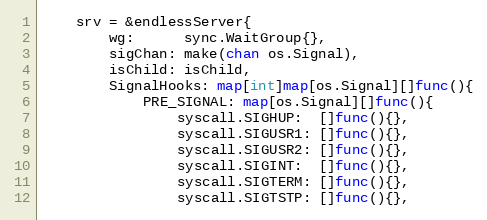
Language: Go
	srv = &endlessServer{
		wg:      sync.WaitGroup{},
		sigChan: make(chan os.Signal),
		isChild: isChild,
		SignalHooks: map[int]map[os.Signal][]func(){
			PRE_SIGNAL: map[os.Signal][]func(){
				syscall.SIGHUP:  []func(){},
				syscall.SIGUSR1: []func(){},
				syscall.SIGUSR2: []func(){},
				syscall.SIGINT:  []func(){},
				syscall.SIGTERM: []func(){},
				syscall.SIGTSTP: []func(){},